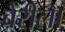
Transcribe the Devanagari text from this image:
बेरीला